Vaccination report Assam 1896-1927 - 1896-1927
Year: 1896
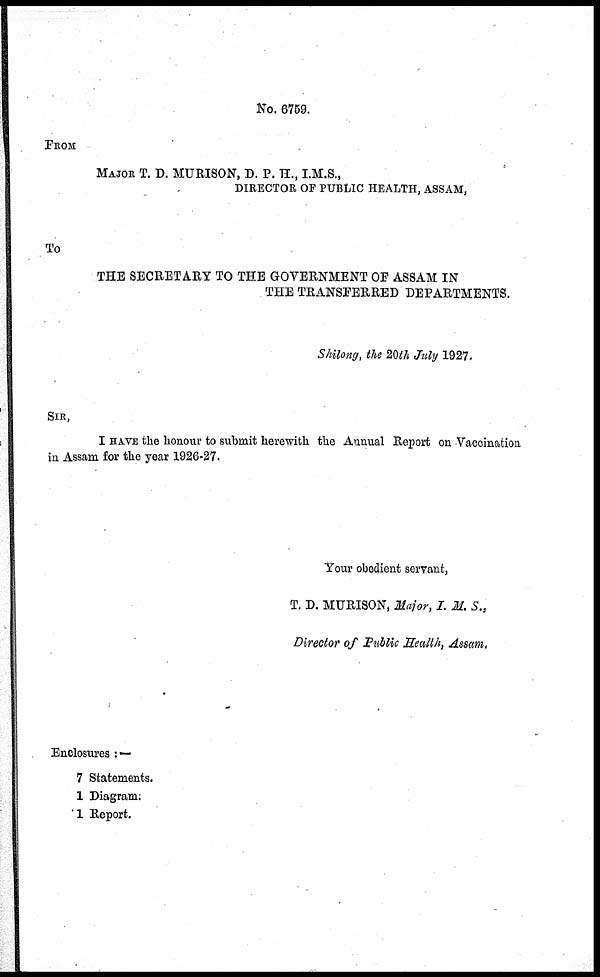
No. 6759.
FROM
MAJOR T. D. MURISON, D. P. H., I.M.S.,
DIRECTOR OF PUBLIC HEALTH, ASSAM,
To
THE SECRETARY TO THE GOVERNMENT OF ASSAM IN
THE TRANSFERRED DEPARTMENTS.
Shilong, the 20th July 1927.
SIR,
I HAVE the honour to submit herewith the Annual Report on Vaccination
in Assam for the year 1926-27.
Your obedient servant,
T. D. MURISON, Major, I. M. S.,
Director of Public Health, Assam.
Enclosures :—
7 Statements.
1 Diagram.
1 Report.